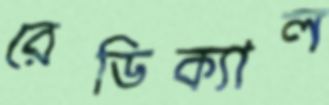
রেডিক্যাল